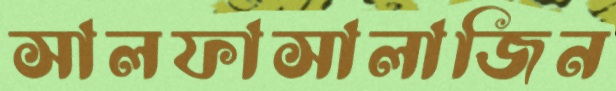
সালফাসালাজিন